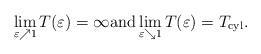
LaTeX: \begin{align*}\lim_{\varepsilon \nearrow 1} T(\varepsilon)=\infty {\rm and} \lim_{\varepsilon \searrow 1} T(\varepsilon)=T_{\rm cyl}.\end{align*}